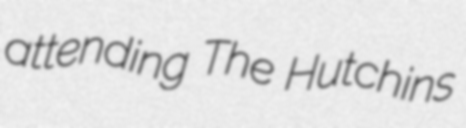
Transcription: attending The Hutchins